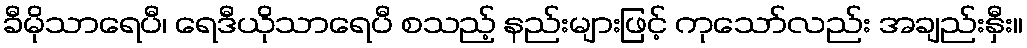
ခီမိုသာရေပီ၊ ရေဒီယိုသာရေပီ စသည့် နည်းများဖြင့် ကုသော်လည်း အချည်းနှီး။